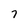
Character: 7